Report on malaria in the Punjab during the year ...  together with an account of the work of the Punjab Malaria Bureau - Volume 4
Disease focus: Malaria
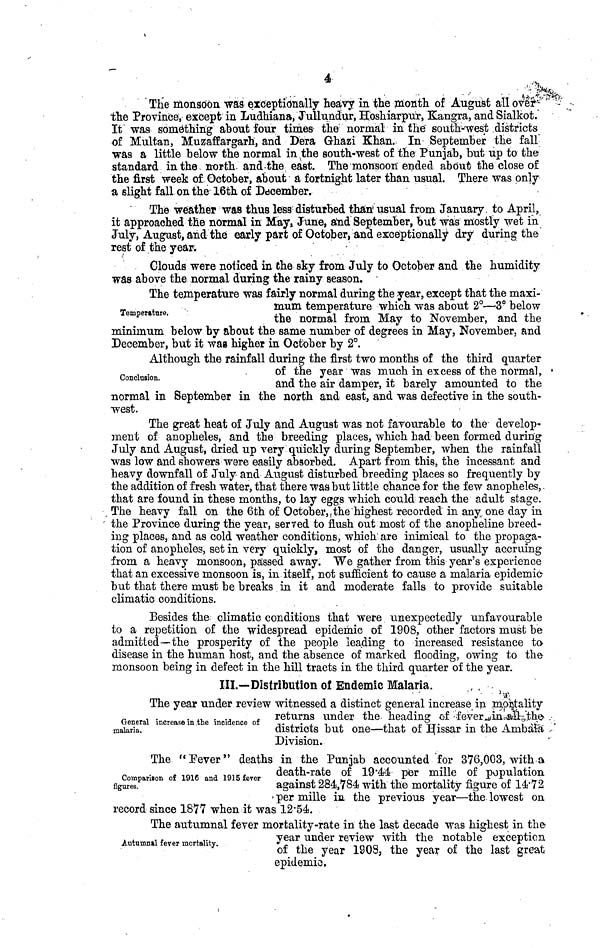
4
The monsoon was exceptionally heavy in the month of August all over
the Province, except in Ludhiana, Jullundur, Hoshiarpur, Kangra, and Sialkot.
It was something about four times the normal in the south-west districts
of Multan, Muzaffargarh, and Dera Ghazi Khan. In September the fall
was a little below the normal in the south-west of the Punjab, but up to the
standard in the north, and the east. The monsoon" ended about the close of
the first week of, October, about a fortnight later than usual. There was only
a slight fall on the 16th of December.
The weather was thus less disturbed than usual from January, to April,
it approached the normal in May» June, and September, but was mostly wet in
July, August, and the early part of October, and exceptionally dry during the
rest of the year.
Clouds were noticed in the sky from July to October and the humidity
was above the normal during the rainy season.
Temperature,
The temperature was fairly normal during the year, except that the maxi-
mum temperature which was about 2°—3° below
the normal from May to November, and the
minimum below by about the same number of degrees in May, November, and
December, but it wag higher in October by 2°.
Conclusion.
Although the rainfall during the first two months of the third quarter
of the year was much in excess of the normal,
and the air damper, it barelv amounted to the
normal in September in the north and east, and was defective in the south-
west.
The great heat of July and August was not favourable to the develop-
ment of anopheles, and the breeding places, which had been formed during
July and August, dried up very quickly during September, when the rainfall
was low and showers were easily absorbed. Apart from this, the incessant and
heavy downfall of July and August disturbed breeding places so frequently by
the addition of fresh water, that there was but little chance for the few anopheles,
that are found in these months, to lay eggs which could reach the adult stage.
The heavy fall on the 6th of October the highest recorded in any, one day in
the Province during the year, served to flush out most of the anopheline breed-
ing places, and as cold weather conditions, which are inimical to the propaga-
tion of anopheles, set in very quickly, most of the danger, usually accruing
from a heavy monsoon, passed away. We gather from this year's experience
that an excessive monsoon is, in itself, not sufficient to cause a malaria epidemic
but that there must be breaks in it and moderate falls to provide suitable
climatic conditions.
Besides the climatic conditions that were unexpectedly unfavourable
to a repetition of the widespread epidemic of 1908, other factors must be
admitted—the prosperity of the people leading to increased resistance to
disease in the human host, and the absence of marked flooding, owing to the-
monsoon being in defect in the hill tracts in the third quarter of the year.
III.—Distribution of Endemic Malaria.
General increase in the incidence of
malaria.
The year under review witnessed a distinct general increase in mortalitv
returns under the Heading of fever in all the
districts but one—that of Hissar in the Ambala
Division.
Comparison of 1916 and 1915 fever
figures.
The "Fever" deaths in the Punjab accounted for 376,003. with a
death-rate of 19·44 per mille of population
against 284,784 with the mortality figure of 14·72
»per mille in the previous year—the lowest on
record since 1877 when it was 12·54.
Autumnal fever mortality.
The autumnal fever mortality-rate in the last decade was highest in the
year under review with the notable exception
of the year 1908, the year of the last great
epidemic.